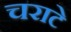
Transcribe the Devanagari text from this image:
चराटे